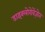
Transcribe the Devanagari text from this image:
डाइक्लोरोबेंज़ोन